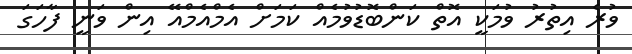
ވުރެ އިތުރު ވުމަކީ އޮތް ކަންބޮޑުވުމެއް ކަމަށް އެމްއެމްއޭ އިން ވަނީ ފާހަގަ